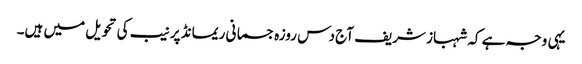
یہی وجہ ہے کہ شہباز شریف آج دس روزہ جسمانی ریمانڈ پر نیب کی تحویل میں ہیں۔